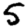
Digit: 5